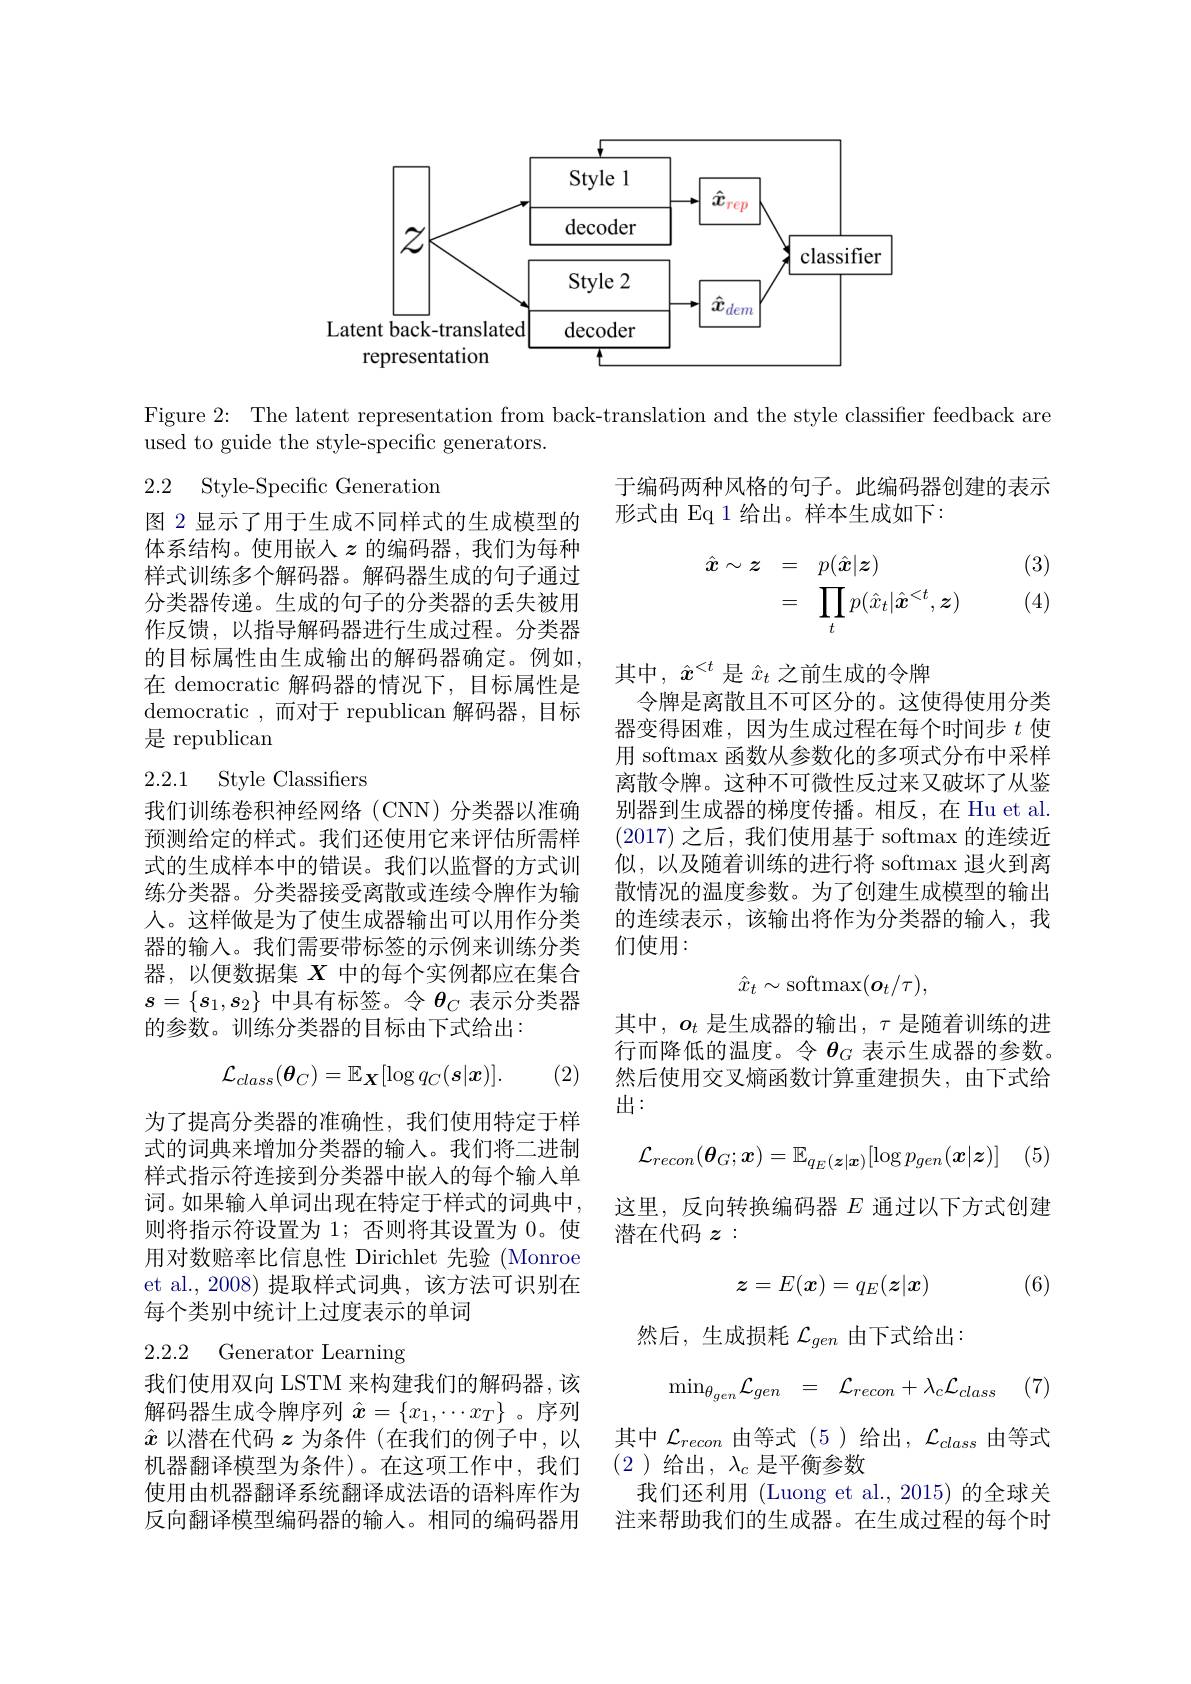
<FigureHere>

Figure 2: The latent representation from back-translation and the style classifier feedback are
used to guide the style-specific generators.

# 2.2 Style-Specific Generation

于编码两种风格的句子。此编码器创建的表示
形式由 Eq 1 给出。样本生成如下：

(3)
$$\begin{array}{rcl}\hat x\sim\boldsymbol z&=&p(\hat x|\boldsymbol z)\\&=&\prod_tp(\hat x_t|\hat x^{<t},\boldsymbol z)\end{array}$$
(4)

图 2 显示了用于生成不同样式的生成模型的体系结构。使用嵌入$z$ 的编码器，我们为每种样式训练多个解码器。解码器生成的句子通过分类器传递。生成的句子的分类器的丢失被用作反馈，以指导解码器进行生成过程。分类器的目标属性由生成输出的解码器确定。例如在 democratic 解码器的情况下，目标属性是${\mathrm{democratic~,~}}{\text{而对于 republican 解码器，目标}}$ 是 republican

## 2.2.1 Style Classifiers

其中，$\hat{x}^{<t}$是$\hat{x}_t$之前生成的令牌
令牌是离散且不可区分的。这使得使用分类器变得困难，因为生成过程在每个时间步$t$使用 softmax 函数从参数化的多项式分布中采样离散令牌。这种不可微性反过来又破坏了从鉴别器到生成器的梯度传播。相反，在 Hu et al. (2017)之后，我们使用基于 softmax 的连续近似，以及随着训练的进行将 softmax 退火到离散情况的温度参数。为了创建生成模型的输出的连续表示，该输出将作为分类器的输入，我们使用：

我们训练卷积神经网络(CNN)分类器以准确预测给定的样式。我们还使用它来评估所需样式的生成样本中的错误。我们以监督的方式训练分类器。分类器接受离散或连续令牌作为输人。这样做是为了使生成器输出可以用作分类器的输入。我们需要带标签的示例来训练分类器，以便数据集$X$中的每个实例都应在集合$s=\{s_1,s_2\}$中具有标签。令$\theta_C$表示分类器的参数。训练分类器的目标由下式给出：
$$\hat{x}_{t}\sim\mathrm{softmax}(\boldsymbol{o}_{t}/\tau),$$
其中$,o_t$ 是生成器的输出$,\tau$ 是随着训练的进行而降低的温度。令$\theta_G$表示生成器的参数。然后使用交叉熵函数计算重建损失，由下式给出：
$$\mathcal{L}_{class}(\boldsymbol{\theta}_{C})=\mathbb{E}_{\boldsymbol{X}}[\log q_{C}(\boldsymbol{s}|\boldsymbol{x})].$$
(2)
$$\mathcal{L}_{recon}(\boldsymbol{\theta}_G;\boldsymbol{x})=\mathbb{E}_{q_E(\boldsymbol{z}|\boldsymbol{x})}[\log p_{gen}(\boldsymbol{x}|\boldsymbol{z})]$$
为了提高分类器的准确性，我们使用特定于样式的词典来增加分类器的输入。我们将二进制样式指示符连接到分类器中嵌入的每个输入单词。如果输入单词出现在特定于样式的词典中， 则将指示符设置为 1; 否则将其设置为 0。使用对数赔率比信息性 Dirichlet 先验 (Monroe et al., 2008) 提取样式词典，该方法可识别在每个类别中统计上过度表示的单词

这里，反向转换编码器$E$通过以下方式创建
潜在代码$z:$
$$z=E(\boldsymbol{x})=q_E(\boldsymbol{z}|\boldsymbol{x})$$
(6)

然后，生成损耗$\mathcal{L}_gen$由下式给出：

2.2.2 Generator Learning
$$\begin{array}{rcl}\min_{\theta_{gen}}\mathcal{L}_{gen}&=&\mathcal{L}_{recon}+\lambda_c\mathcal{L}_{class}\end{array}$$
(7)

其中$\mathcal{L}_recon$由等式 (5)给出，$\mathcal{L}_class$由等式
(2 )给出$,\lambda_c$是平衡参数

我们使用双向 LSTM 来构建我们的解码器，该解码器生成令牌序列$\hat{x}=\{x_1,\cdots x_T\}$。序列$\hat{x}$以潜在代码$z$为条件(在我们的例子中，以机器翻译模型为条件)。在这项工作中，我们使用由机器翻译系统翻译成法语的语料库作为反向翻译模型编码器的输入。相同的编码器用

我们还利用 (Luong et al.,2015)的全球关注来帮助我们的生成器。在生成过程的每个时